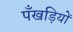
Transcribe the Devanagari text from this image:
पँखड़ियों